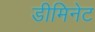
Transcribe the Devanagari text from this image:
डीमिनेट